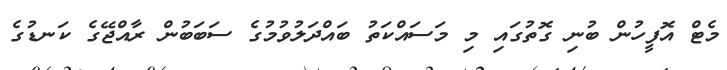
މެޓް އޮފީހުން ބުނި ގޮތުގައި މި މަސައްކަތު ބައްދަލުވުމުގެ ސަބަބުން ރާއްޖޭގެ ކަނޑުގެ